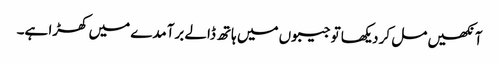
آنکھیں مل کر دیکھا تو جیبوں میں ہاتھ ڈالے برآمدے میں کھڑا ہے۔